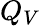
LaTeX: Q_{V}